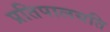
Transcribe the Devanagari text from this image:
प्रतिपालयति